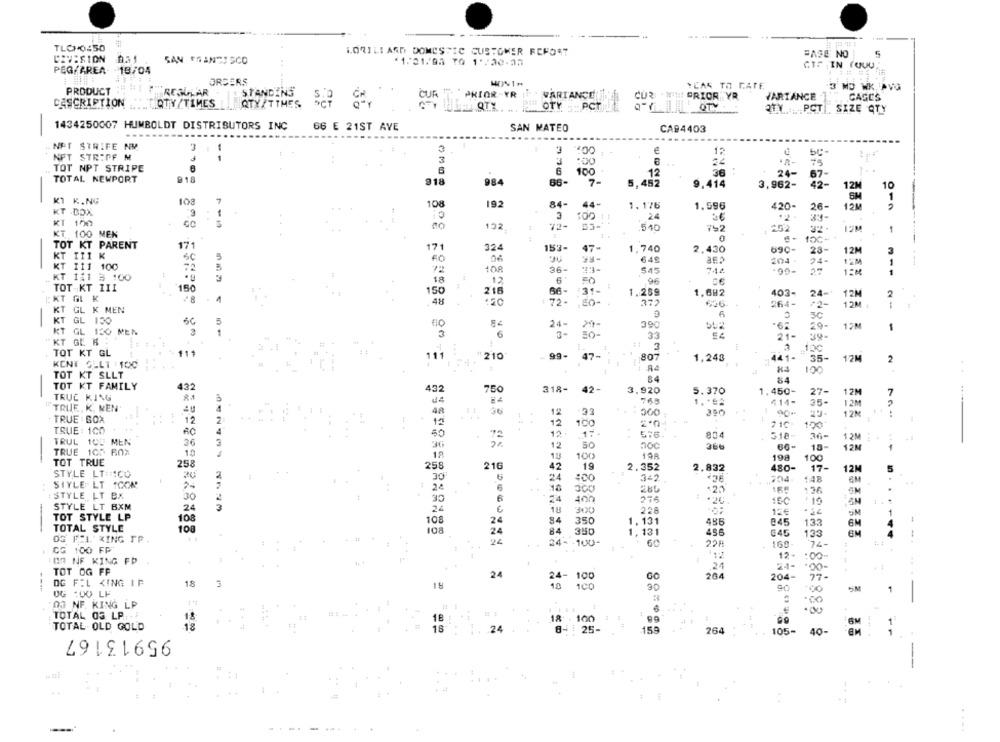
TLCHO350
LORILI AND DOMESTIC CUSTOMER REPORT
DIVISION
SAN FRANCISCO
BASE NO
(1/21/95 TO 1':30-25
PEG/AREA-
-18/04
ORDERS
YEAR TO RATE
3 MD WK, AVO
PRODUCT
REGULAR
STANDINS
CUR IT PRIOR YR
CUR - WIN PRIOR YR
VARIANCE
CAGES
CASCRIPTION
QTY/TIMES
QTY/TIMES OCT Q-Y
CUIR
VARIANCELILLE
QTY ..... PCT . SIZE QTY
-
1434250007 HUMBOLDT DISTRIBUTORS INC
66 E 21ST AVE
SAN MATEO
CA94403
.........
.NET STRIFE NM
3
NPT STR:PF M
3
12
- -
3
75
TOT NPT STRIPE
100
36 :
TOTAL NEWPORT
918
12
24-
67-
-
918
984
66-
7-
5,452
9.414
3,962-
42-
10
12M
KI K.NG
108
1
108
192
84-
44-
1.176
1.596
420-
26-
12M
KT BOX
3
24
34-
KI 100
100
132
72
540
ISM
1
KT 100 MEN
10C-
TOT KT PARENT
171
17
324
153-
47-
1,740
2.430
690-
28-
12M
KT III K
SC
FO
649
204
KT 111 100
1OR
36-
24-
72
545
744
-90-
1:M
KT 1:1 3 :00
18
12
6
96
TOT-KT III
150
216
66-
131-
150
1.289
1,682
403-
24-
12M
2
KT GL K
.48
:20
72-
372
656-
264-
/2-
12M
KT GL K MEN
50
KT GL 130
5
24-
390
29-
12M
KT GL 1FO MEN
1
3
6
3-
30 -
33
KT GE A:
21-
: 3
1DC
TOT KT GL
111
111
#210
99-
47-
807
441-
KENI GELT :100
-4
1,248
35-
12M
100
TOT KT SLLT
84
84
TOT KT FAMILY
432
-
432
750
318-
42-
3,920
5.370
1.450-
27-
12M
7
..--
TRUC KING
2.1
768
1. * 92
414-
35-
"TRUE K, MEN
=0
36
12M
48
12
300
350
12M
TRUE : BOX
4. 4
12
12
12
215-
100
TRUE : 100
60
72
12.
576.
804
510-
36-
12M
TRUL 1CE MEN
36
12
50
366
18-
TRUE 105 60X
10
12M
113
100
198
198
100
TOT TRUE
258
258
216
42
19
2.352
2.832
480-
17-
12M
5
STYLE LT ICO
20
2
30
SIYLE LT 1COM
24
342
704.
6M
20
CE
6
136
ISTYLE LT BX
30
275
24
15-C
STYLE LT BXM
18
300
228
5M
TOT STYLE LP
108
108
24
350
485
-
84
1.131
245
133
6M
TOTAL STYLE
100
24
84
350
1,131
456
045
133
14.
OG FEL XING TP.
224
24- - 100-
60
CG 100 FP
228
169.
74-
12-
:00-
TOR NF KING FP
24
TOT OG FF
.
24
24- 100
264
204-
27 -
----
OG FIL KING IF
18
15
100
90
90
DG :00 LF
00
00
:03 NF. KING LP
4
TOTAL OS LP:
18
18 :
1
...
18 100
TOTAL OLD GOLD
18
16
24
8- 25-
15.9
264
105-
40-
95913167
....